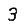
Digit: 3